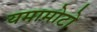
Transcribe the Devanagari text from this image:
यमामोटो